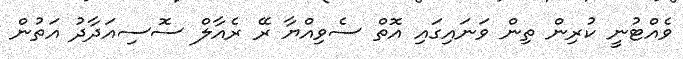
ވެއްޓުނީ ކުރިން ތިން ވަނައިގައި އޮތް ސެވިއްޔާ ރޭ ރެއާލް ސޮސިއަދާދު އަތުން